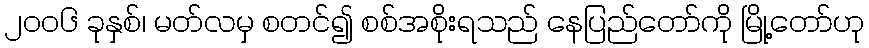
၂၀၀၆ ခုနှစ်၊ မတ်လမှ စတင်၍ စစ်အစိုးရသည် နေပြည်တော်ကို မြို့တော်ဟု